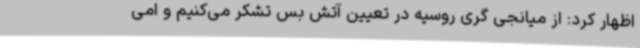
اظهار کرد: از میانجی گری روسیه در تعیین آتش بس تشکر می‌کنیم و امی